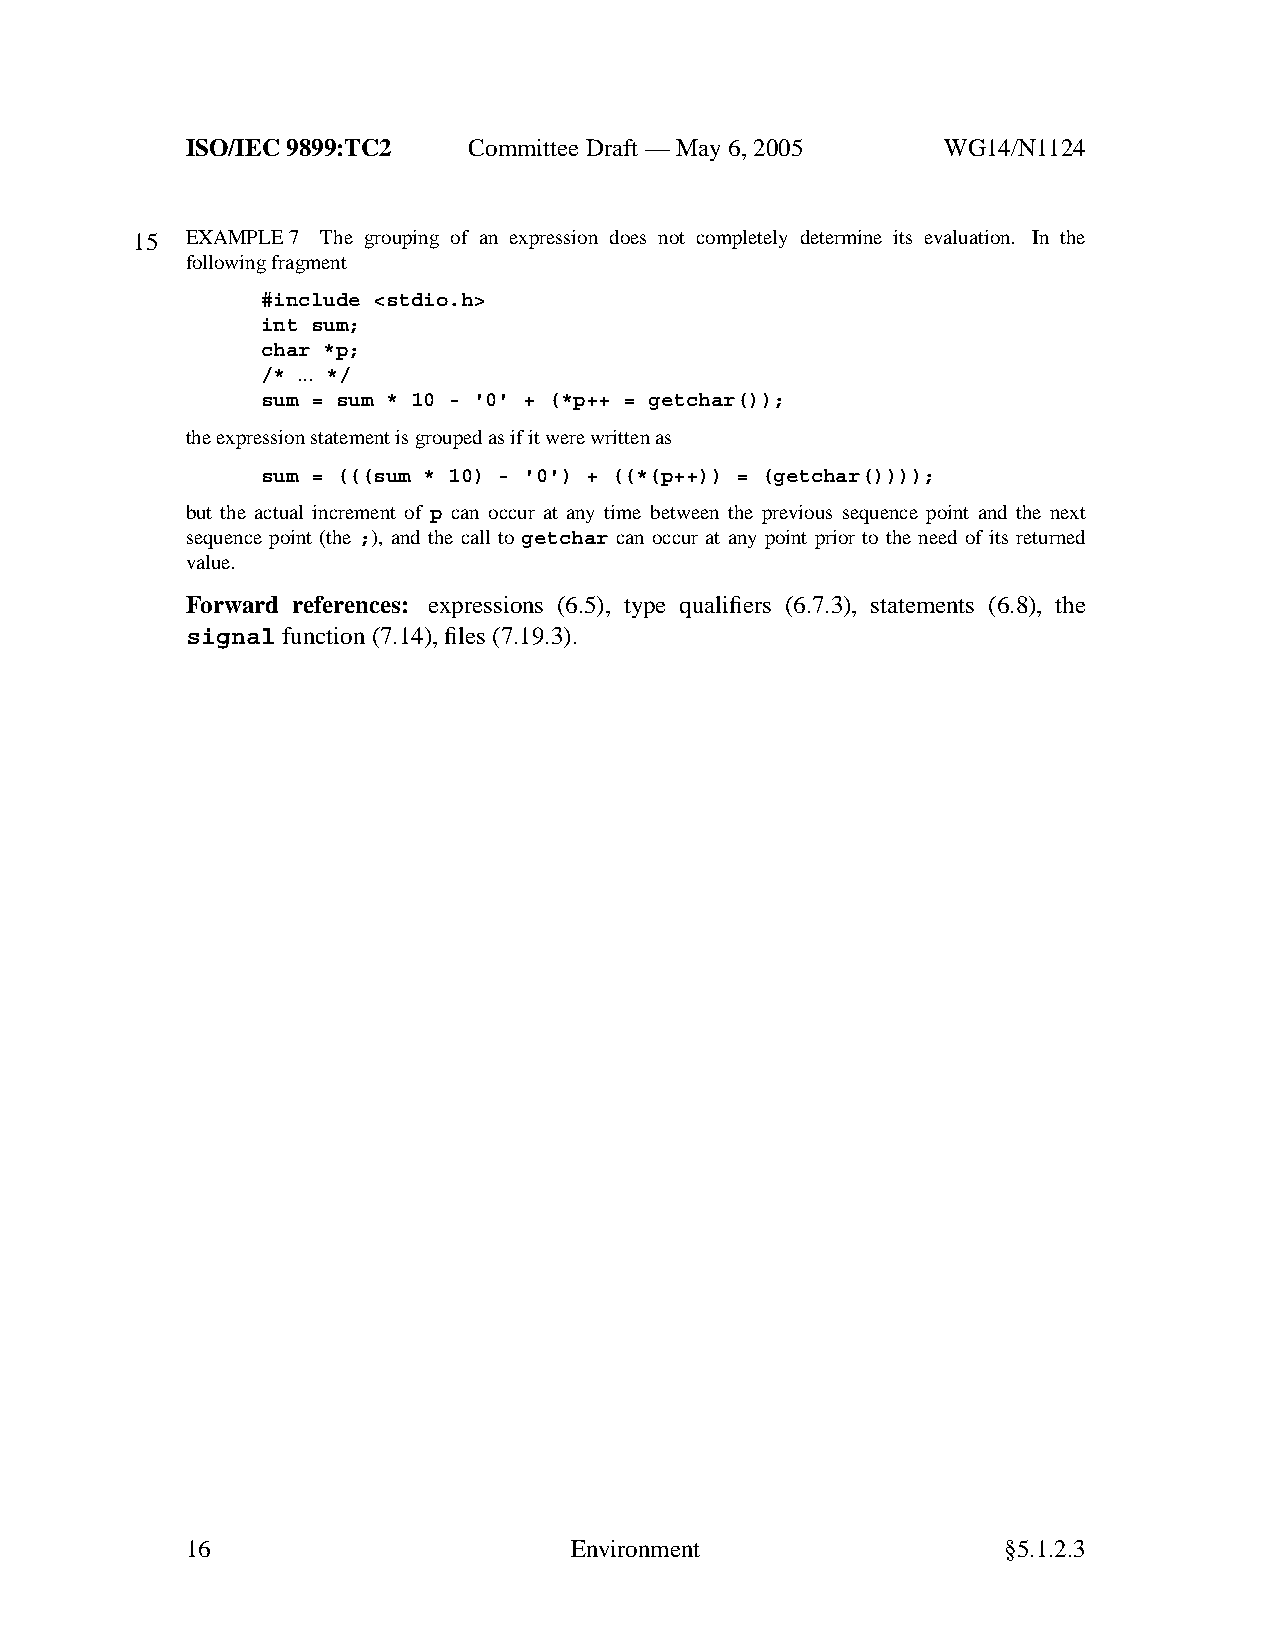
ISO/IEC 9899:TC2   Committee Draft — May 6, 2005   WG14/N1124
 15 EXAMPLE 7 The grouping of an expression does not completely determine its evaluation. In the
 following fragment
 #include <stdio.h>
 int sum;
 char *p;
 /* ... */
 sum = sum * 10 - '0' + (*p++ = getchar());
 the expression statement is grouped as if it were written as
 sum = (((sum * 10) - '0') + ((*(p++)) = (getchar())));
 but the actual increment of p can occur at any time between the previous sequence point and the next
 sequence point (the ;), and the call to getchar can occur at any point prior to the need of its returned
 value.
 Forward references: expressions (6.5), type qualifiers (6.7.3), statements (6.8), the
 signal function (7.14), files (7.19.3).
 16                        Environment                  §5.1.2.3